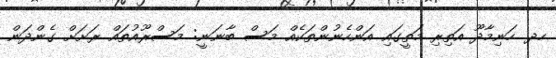
ހދ. ހަނިމާދޫ އަތިރި މަތީގައި އަންހެނުންތަކެއް މަސް ބާނަނީ: މަސްރޫއުތައް ރަށަށް ގެންދަން